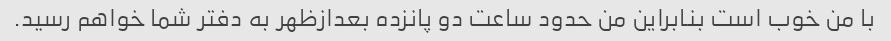
با من خوب است بنابراین من حدود ساعت دو پانزده بعدازظهر به دفتر شما خواهم رسید.